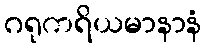
ဂရုကရိယမာနာနံ